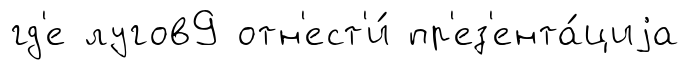
гд'е лугов9 отн'ест'и́ пр'ез'ента́циjа